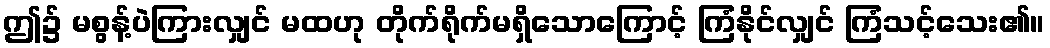
ဤ၌ မစွန့်ပဲကြားလျှင် မထဟု တိုက်ရိုက်မရှိသောကြောင့် ကြံနိုင်လျှင် ကြံသင့်သေး၏။